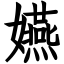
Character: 嬿